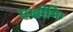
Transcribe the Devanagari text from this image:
सखीभिः